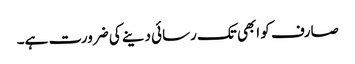
صارف کو ابھی تک رسائی دینے کی ضرورت ہے۔